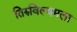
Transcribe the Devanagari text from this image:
तिरुविल्वमला